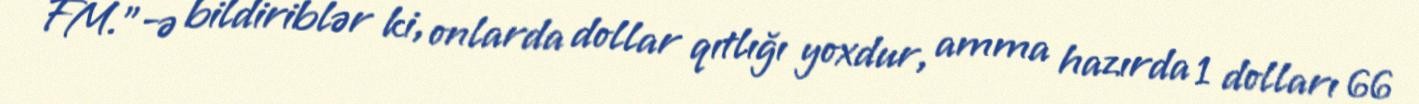
FM.”-ə bildiriblər ki, onlarda dollar qıtlığı yoxdur, amma hazırda 1 dolları 66